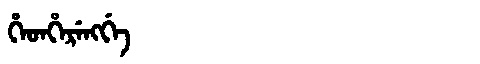
Manchu: ᡥᡝᡨᡥᡝᡵᡝᠩᡤᡝ
Romanization: HETHERENGGE